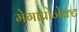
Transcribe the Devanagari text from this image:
मेगाप्रोजेक्ट